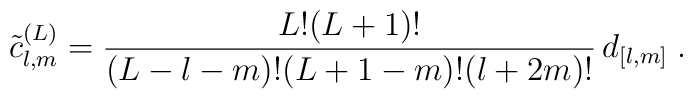
\tilde c^{(L)}_{l,m}     = \frac{L! (L+1)!} {(L-l-m)! (L+1-m)! (l+2m)!} \, d_{[l,m]} \;.